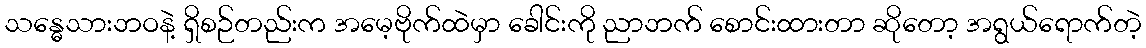
သန္ဓေသားဘဝနဲ့ ရှိစဉ်တည်းက အမေ့ဗိုက်ထဲမှာ ခေါင်းကို ညာဘက် စောင်းထားတာ ဆိုတော့ အရွယ်ရောက်တဲ့